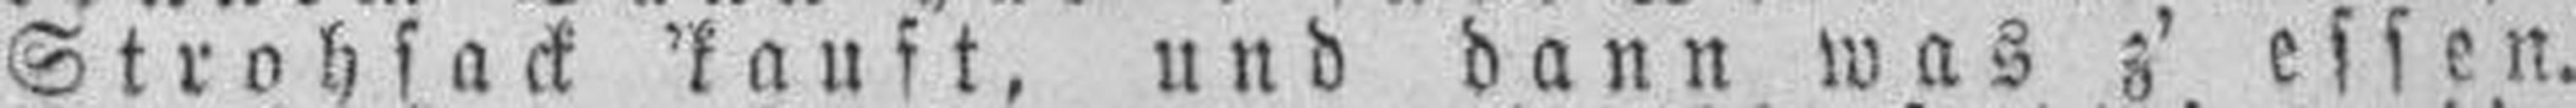
Strohsack 'kauft, und dann was z' essen.